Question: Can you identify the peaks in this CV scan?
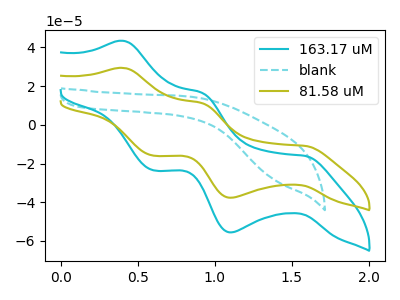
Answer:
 <answer>The cyan curve "163.17 uM" has anodic peaks at (0.40V, 43.40uA) (0.90V, 16.55uA) and cathodic peaks at (1.60V, -16.05uA) (1.10V, -55.60uA) (0.60V, -23.50uA). The cyan dashed curve "blank" has no peaks. The olive curve "81.58 uM" has anodic peaks at (0.40V, 29.45uA) (0.90V, 11.25uA) and cathodic peaks at (1.60V, -10.85uA) (1.10V, -37.70uA) (0.60V, -15.95uA).</answer>
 <eval></eval>